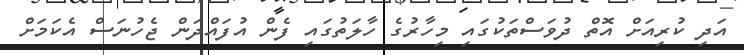
އަދި ކުރިއަށް އޮތް ދުވަސްތަކުގައި މިހާރުގެ ހާލަތުގައި ފެން އުފައްދަން ޖެހުނަސް އެކަމަށް